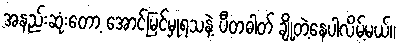
အနည်းဆုံးတော့ အောင်မြင်မှုရသနဲ့ ပီတဓါတ် ချို့တဲ့နေပါလိမ့်မယ်။